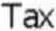
TAX